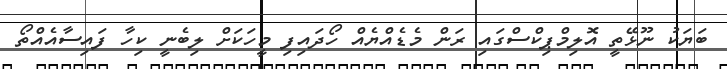
ބަޔަކު ނޫޅޭތީ އޮލިމްޕިކްސްގައި ރަން މެޑެއްޔެއް ހޯދައިފި މީހަކަށް ލިބެނީ ކިހާ ފައިސާއެއްތޯ